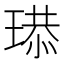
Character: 𤧴